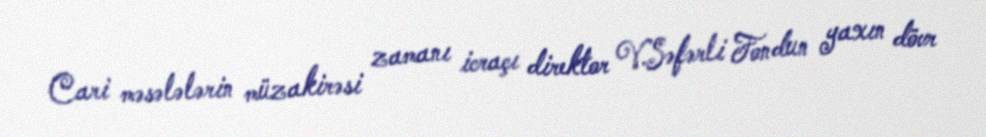
Cari məsələlərin müzakirəsi zamanı icraçı direktor V.Səfərli Fondun yaxın dövr